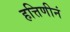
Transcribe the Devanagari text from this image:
हत्तिणीनं